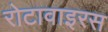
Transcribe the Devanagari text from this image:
रोटावाइरस